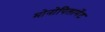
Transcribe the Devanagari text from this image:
मोनोपिलामेंट